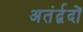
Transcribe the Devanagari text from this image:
अतंर्द्वदों